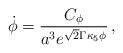
LaTeX: \begin{align*}\dot\phi = {C_\phi \over a^3 e^{\sqrt{2}\Gamma \kappa_5 \phi}} \,,\end{align*}